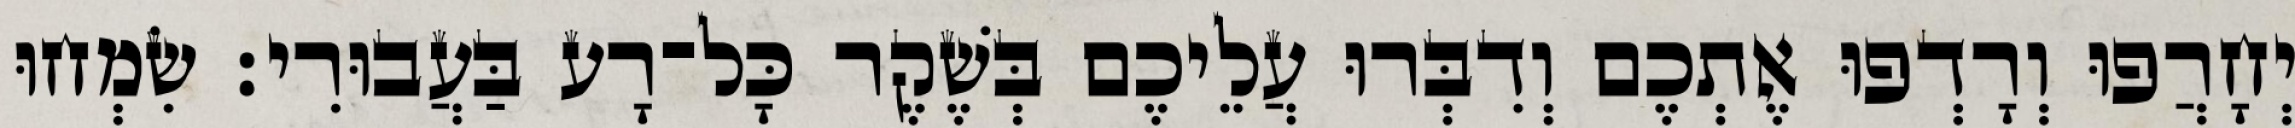
יְחָרֲפוּ וְרָדְפוּ אֶתְכֶם וְדִבְּרוּ עֲלֵיכֶם בְּשֶׁקֶר כָּל־רָע בַּעֲבוּרִי׃ שִׂמְחוּ